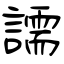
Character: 譳